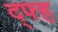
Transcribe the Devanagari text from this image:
द्फ्ह